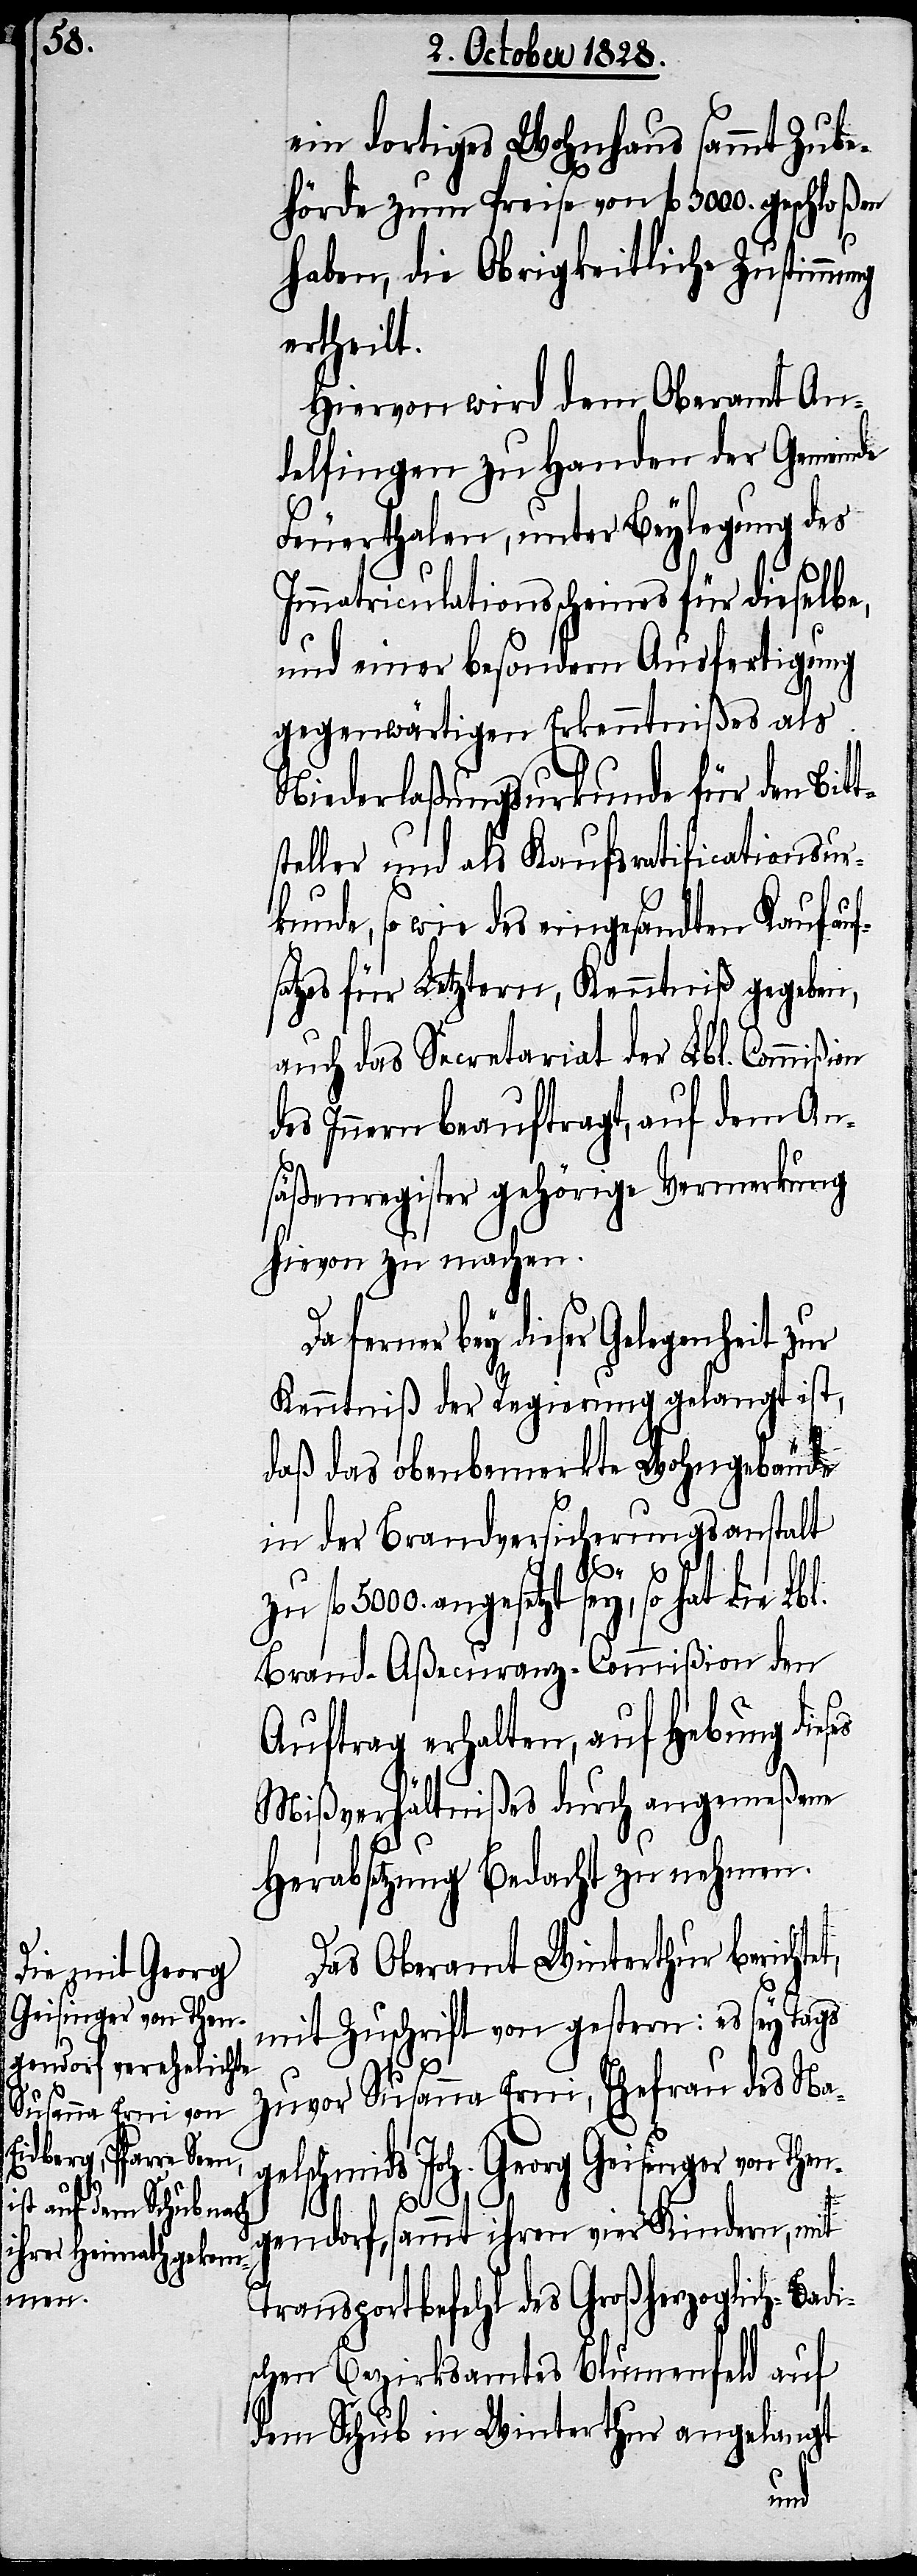
ein dortiges Wohnhaus sammt Zube¬
hörde zum Preise von fl. 3000. geschlo¬
haben, die Obrigkeitliche Zustimmu¬
ertheilt.
Hiervon wird dem Oberamt An¬
delfingen zu Handen der Gemeinde
Feuerthalen, unter Beylegung des
Immatriculationsscheines für dieselbe,
und einer besondern Ausfertigung
gegenwärtigen Erkenntnißes als
Niederlaßungsurkunde für den Bit¬
teller und als Kaufsratificationsur¬
kunde, so wie des eingesandten Kaufauf¬
satzes für Letztern, Kenntniß gegeben,
auch das Secretariat der Lbl. Commißion
des Innern beauftragt, auf dem An¬
säßenregister gehörige Vermerkung
hievon zu machen.
erner bey dieser Gelegenheit zur
Kenntniß der Regierung gelangt ist,
daß das obenbemerkte Wohngebäude
in der Brandversicherungsanstalt
ßen
zu fl. 5000. angesetzt sey, so hat die Lbl.
Brand-Aßecuranz-Commißion den
Auftrag erhalten, auf Hebung dieses
Mißverhältnißes durch angemeßene
f¬
Herabsetzung Bedacht zu nehmen.
Das Oberamt Winterthur bericht¬
mit Zuschrift von gestern: es sey Tags
zuvor Susanna Erni, Ehefrau des Na¬
gelschmids Joh. Georg Geisinger von Then¬
et,
gendorf, sammt ihren vier Kindern, mit
Transportbefehl des Großherzoglich-Badi¬
schen Bezirksamtes Blumenfeld auf
dem Schub in Winterthur angelangt